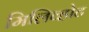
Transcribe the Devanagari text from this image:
मिलिव्होट